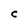
Character: C